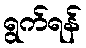
ရွက်ရန်